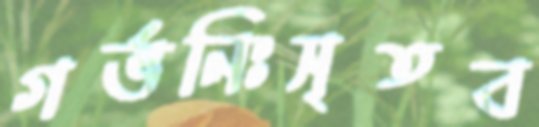
গর্ভনিঃসৃতব